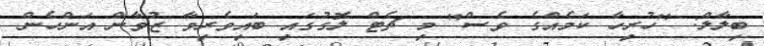
ބިލާލް: "ހުރިހާ ކަމެއްގެ ވެސް" މި ޗެޓް ލޮގުގައި ބައިވެރިވާ ޒުވާން އަންހެން